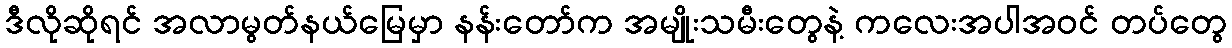
ဒီလိုဆိုရင် အလာမွတ်နယ်မြေမှာ နန်းတော်က အမျိုးသမီးတွေနဲ့ ကလေးအပါအဝင် တပ်တွေ